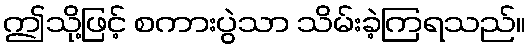
ဤသို့ဖြင့် စကားပွဲသာ သိမ်းခဲ့ကြရသည်။